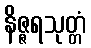
နိဇ္ဇရသုတ္တံ